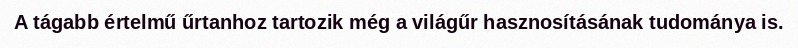
A tágabb értelmű űrtanhoz tartozik még a világűr hasznosításának tudománya is.